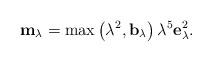
LaTeX: \begin{align*}\mathbf{m}_\lambda=\max\left( \lambda^2,\mathbf{b}_\lambda\right)\lambda^5\mathbf{e}_\lambda^2.\end{align*}